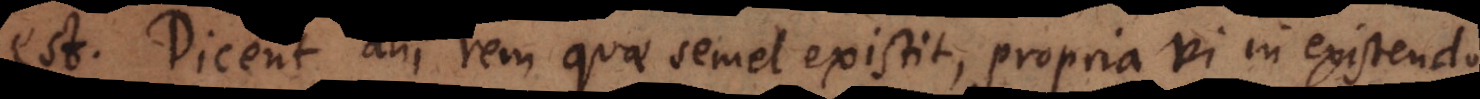
est. Dicent alii rem quae semel existit, propria vi in existendo